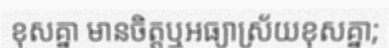
ខុសគ្នា មានចិត្តឬអធ្យាស្រ័យខុសគ្នា;